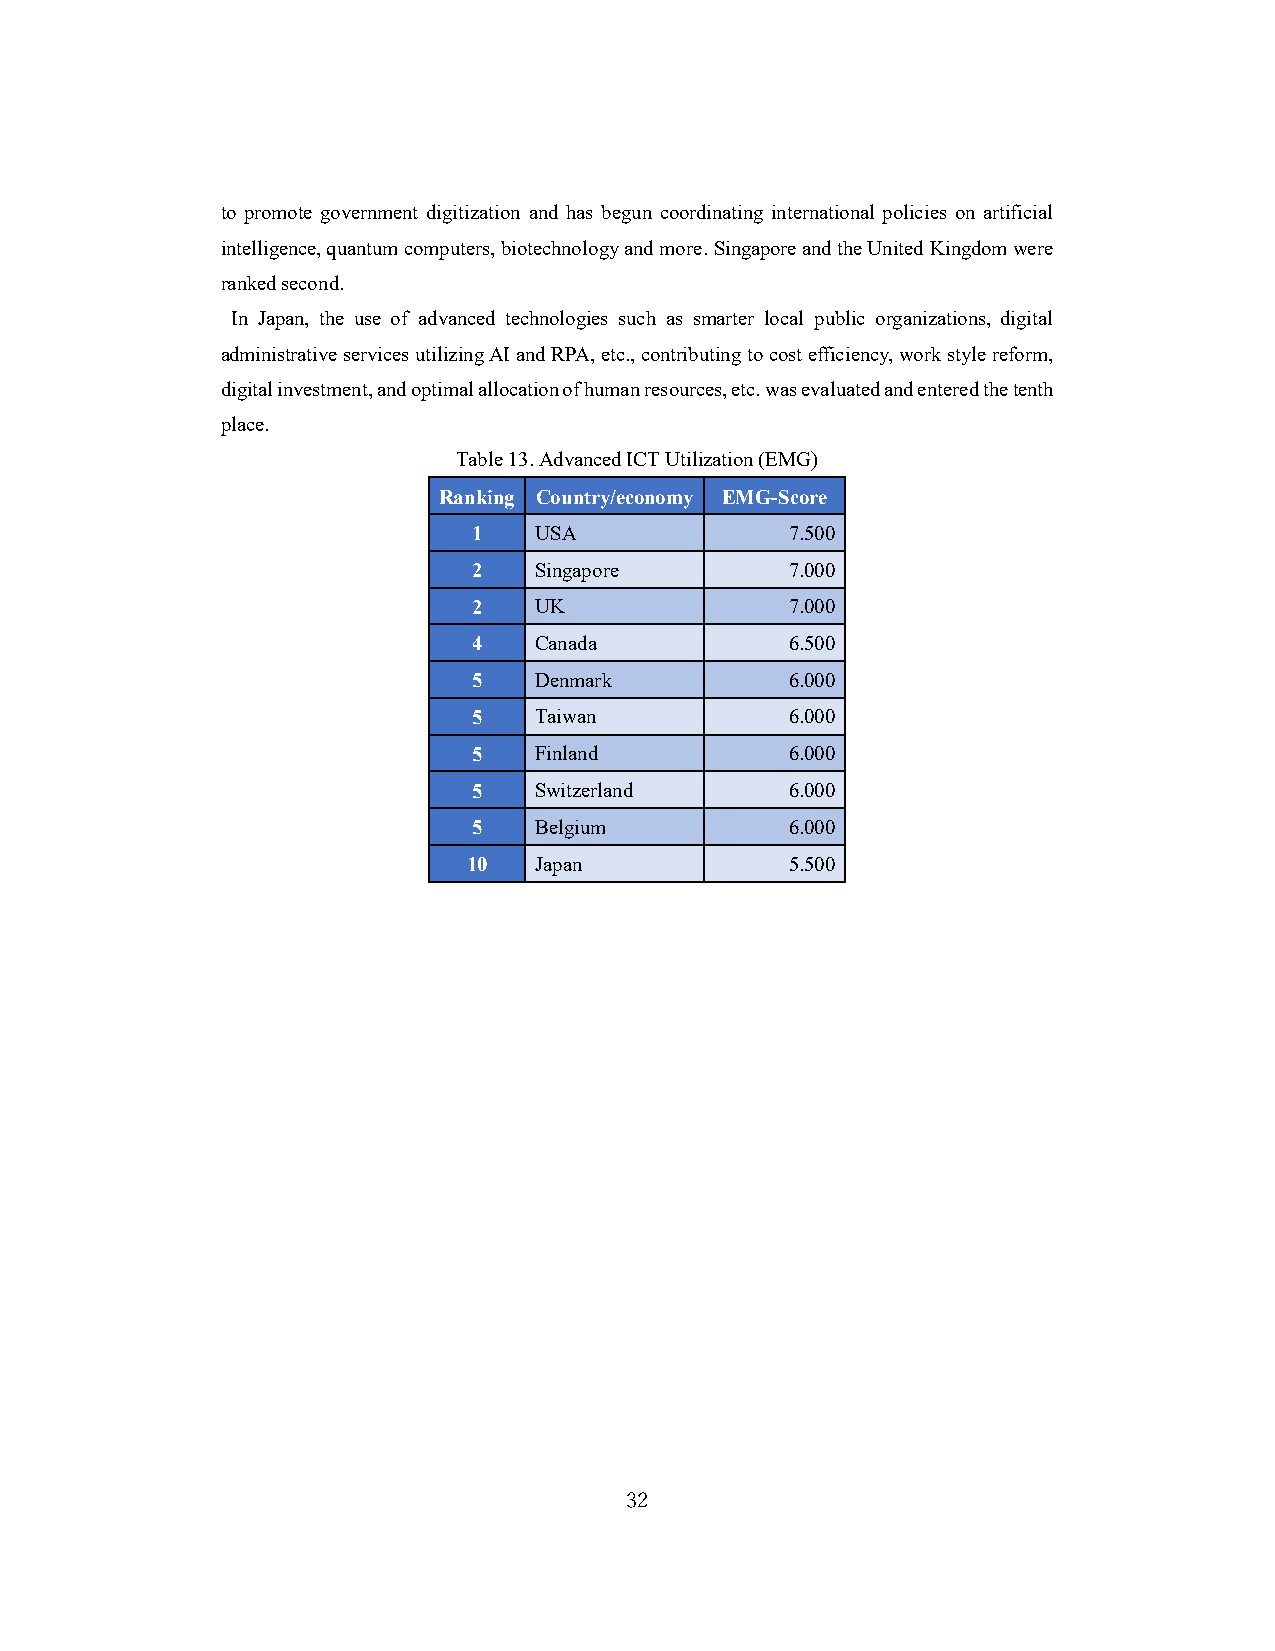
to promote government digitization and has begun coordinating international policies on artificial
 intelligence, quantum computers, biotechnology and more. Singapore and the United Kingdom were
 ranked second.
 In Japan, the use of advanced technologies such as smarter local public organizations, digital
 administrative services utilizing AI and RPA, etc., contributing to cost efficiency, work style reform,
 digital investment, and optimal allocation of human resources, etc. was evaluated and entered the tenth
 place.
 Table 13. Advanced ICT Utilization (EMG)
 Ranking Country/economy EMG-Score
 1   USA              7.500
 2   Singapore        7.000
 2   UK               7.000
 4   Canada           6.500
 5   Denmark          6.000
 5   Taiwan           6.000
 5   Finland          6.000
 5   Switzerland      6.000
 5   Belgium          6.000
 10  Japan            5.500
 32